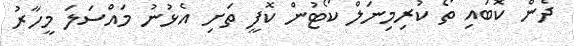
ދެން ކޮބައި ތޯ ކުރިމިނަލް ކޯޓުން ކޮފީ ތަށި އެޅުނު މައްސަލަ މީހާރު